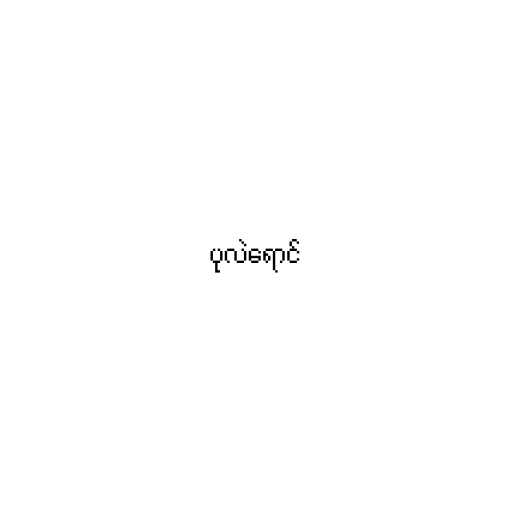
ပုလဲရောင်